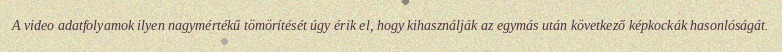
A video adatfolyamok ilyen nagymértékű tömörítését úgy érik el, hogy kihasználják az egymás után következő képkockák hasonlóságát.